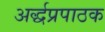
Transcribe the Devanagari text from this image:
अर्द्धप्रपाठक